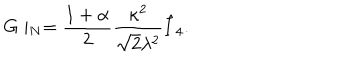
G \mid _ { N } = { \frac { 1 + \alpha } { 2 } } { \frac { \kappa ^ { 2 } } { \sqrt { 2 } \lambda ^ { 2 } } } \hat { I } _ { 4 } .